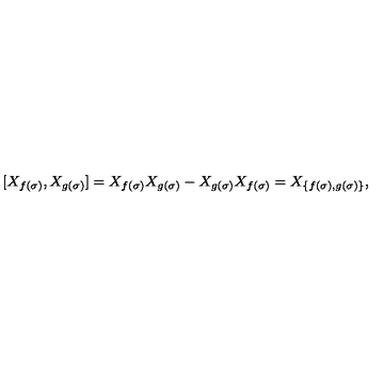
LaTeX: [ X _ { f ( \sigma ) } , X _ { g ( \sigma ) } ] = X _ { f ( \sigma ) } X _ { g ( \sigma ) } - X _ { g ( \sigma ) } X _ { f ( \sigma ) } = X _ { \{ f ( \sigma ) , g ( \sigma ) \} } ,